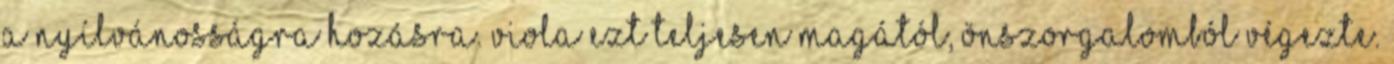
a nyílvánosságra hozásra. Viola ezt teljesen magától, önszorgalomból végezte.